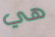
هي